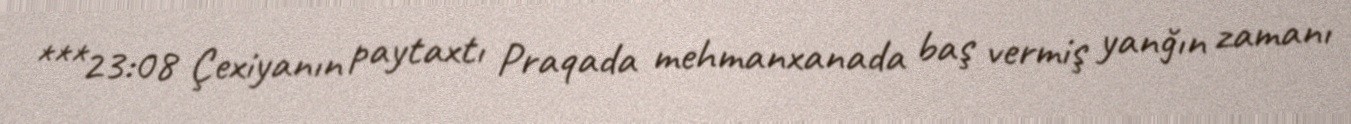
***23:08 Çexiyanın paytaxtı Praqada mehmanxanada baş vermiş yanğın zamanı